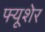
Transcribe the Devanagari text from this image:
फ्यूशेर